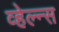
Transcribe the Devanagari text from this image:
व्हेल्न्स